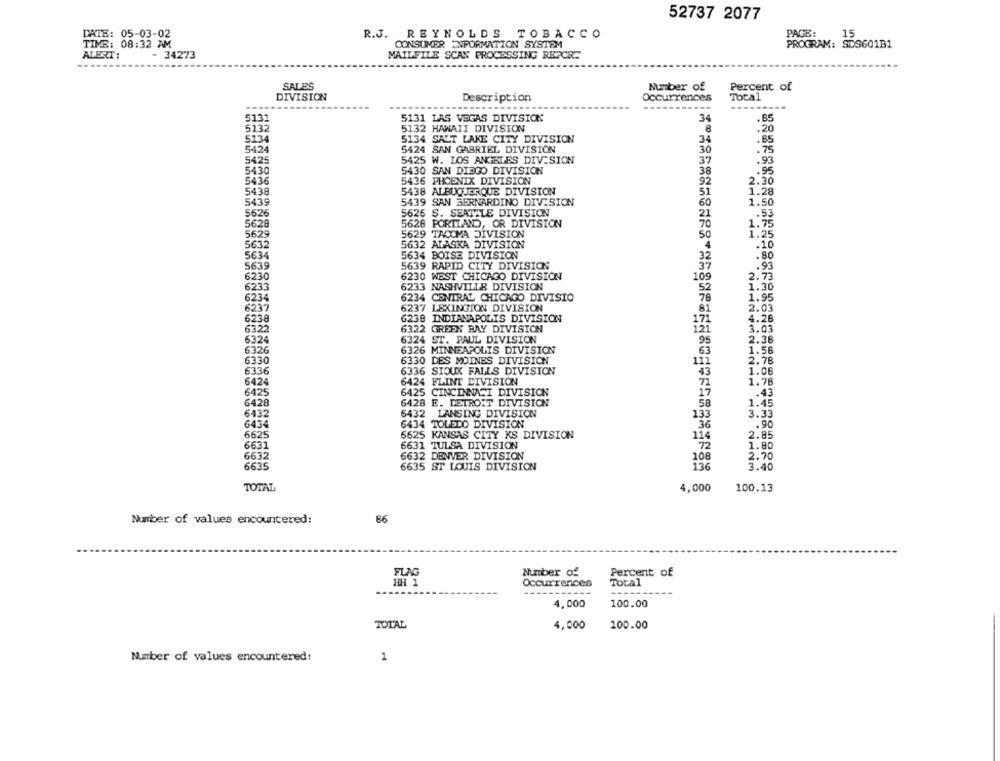
52737 2077
DATE: 05-03-02
R.J. REYNOLDS TOBACCO
PAGE:
15
TIME: 08:32 AM
CONSUMER INFORMATION SYSTEM
PROGRAM: SDS601B1
MAILFILE SCAN PROCESSING REPOR-
ALERT:
- 34273
-----
SALES
Number of
Percent of
DIVISION
Description
Occurrences
Total
-------
5131
5131 LAS VEGAS DIVISIONS
34
5132
5132 HAWAII DIVISION
8
.20
5134
5134 SALT LAKE CITY DIVISION
34
.85
5424
5424 SAN GABRIEL DIVISION
30
. 75
5425
5425 W. LOS ANGELES DIVISION
37
.93
5430
5430 SAN DIEGO DIVISION
38
.95
5436
5436 PHOENIX DIVISION
92
2.30
5438
5438 ALBUQUERQUE DIVISION
1.28
51
5439
5439 SAN BERNARDINO DIVISION
60
1.50
5626
5626 S. SEATTLE DIVISION
21
.. 53
5628
5628 PORTLAND, OR DIVISION
70
1.75
5629
5629 TACOMA DIVISION
50
1.25
5632
5632 ALASKA DIVISION
4
.10
5634
5634 BOISE DIVISION
32
.80
5639
5639 RAPID CITY DIVISION
37
2:23
6230
6230 WEST CHICAGO DIVISION
109
6233
6233 NASHVILLE DIVISION
52
1.30
6234
6234 CENTRAL CHICAGO DIVISIO
78
1.95
6237
6237 LEXINGTON DIVISION
81
2.03
6238
6239 INDIANAPOLIS DIVISION
4.26
6322
171
121
3.03
6322 GREEN BAY DIVISION
6324
6324 ST. PAUL DIVISION
95
2.38
6326
6326 MINNEAPOLIS DIVISION
63
1.56
6330
6330 DES MOINES DIVISION
111
2.78
6336
6336 SIOUX FALLS DIVISION
45
1.06
6424
6424 FLINT DIVISION
1.78
6425
6425 CINCINNATI DIVISION
.43
6428
6428 E. DETROIT DIVISION
58
1.45
6432
6432
LANSING DIVISION
133
3.33
6434
6434 TOLEDO DIVISION
.90
6625
6625 KANSAS CITY KS DIVISION
114
2.85
6631
6631 TULSA DIVISION
1.80
6632
6632 DENVER DIVISION
108
2.70
6635
6635 ST LOUIS DIVISION
136
3.40
TOTAL
4,000
100.13
Number of values encountered:
86
Number of
Percent of
FLAG
HH 1
Occurrences
Total
----
4,000
100.00
TOTAL
4,000
100.00
Number of values encountered:
1